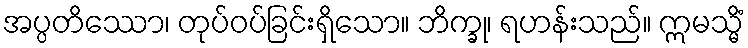
အပ္ပတိဿော၊ တုပ်ဝပ်ခြင်းရှိသော။ ဘိက္ခု၊ ရဟန်းသည်။ ဣမသ္မိံ